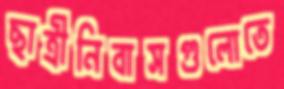
ছাত্রীনিবাসগুলোতে